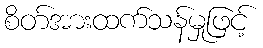
စိတ်အားထက်သန်မှုဖြင့်